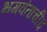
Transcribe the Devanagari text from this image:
भगवंताचीच